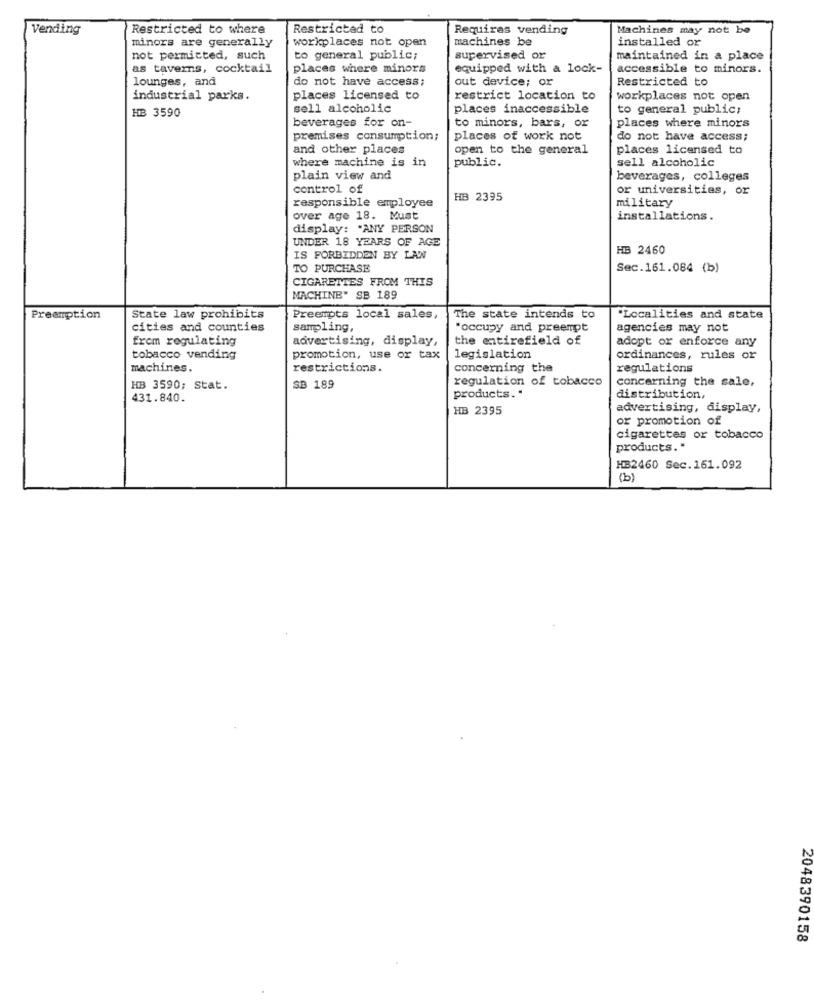
Vending
Restricted to where
Restricted to
Requires vending
Machines may not be
minors are generally
workplaces not open
machines be
installed or
not permitted, such
to general public;
supervised or
maintained in a place
as taverns, cocktail
places where minors
equipped with a lock-
accessible to minors.
lounges, and
do not have access;
out device; or
Restricted to
industrial parks.
places licensed to
restrict location to
workplaces not open
sell alcoholic
places inaccessible
to general public;
HB 3590
beverages for on-
to minors, bars, or
places where minors
premises consumption;
places of work not
do not have access;
and other places
open to the general
places licensed to
where machine is in
public.
sell alcoholic
plain view and
beverages, colleges
control of
or universities, or
responsible employee
HB 2395
military
over age 18. Must
installations.
display: "ANY PERSON
UNDER 18 YEARS OF AGE
HB 2460
IS FORBIDDEN BY LAW
TO PURCHASE
Sec.161.084 (b)
CIGARETTES FROM THIS
MACHINE" SB 189
Preemption
State law prohibits
Preempts local sales,
The state intends to
"Localities and state
cities and counties
sampling,
"occupy and preempt
agencies may not
from regulating
advertising, display,
the entirefield of
adopt or enforce any
tobacco vending
promotion, use or tax
legislation
ordinances, rules or
machines.
restrictions.
concerning the
regulations
regulation of tobacco
concerning the sale,
HB 3590; Stat.
SB 189
431.840.
products. "
distribution,
HB 2395
advertising, display,
or promotion of
cigarettes or tobacco
products."
HB2460 Sec.161.092
(b)
2048390158